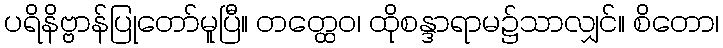
ပရိနိဗ္ဗာန်ပြုတော်မူပြီ။ တတ္ထေဝ၊ ထိုစန္ဒာရာမ၌သာလျှင်။ စိတော၊